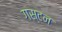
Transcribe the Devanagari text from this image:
गस्टन